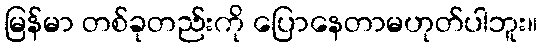
မြန်မာ တစ်ခုတည်းကို ပြောနေတာမဟုတ်ပါဘူး။